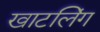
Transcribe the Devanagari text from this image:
खाटलिंग